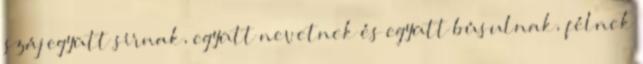
száj együtt sírnak, együtt nevetnek és együtt búsulnak, félnek